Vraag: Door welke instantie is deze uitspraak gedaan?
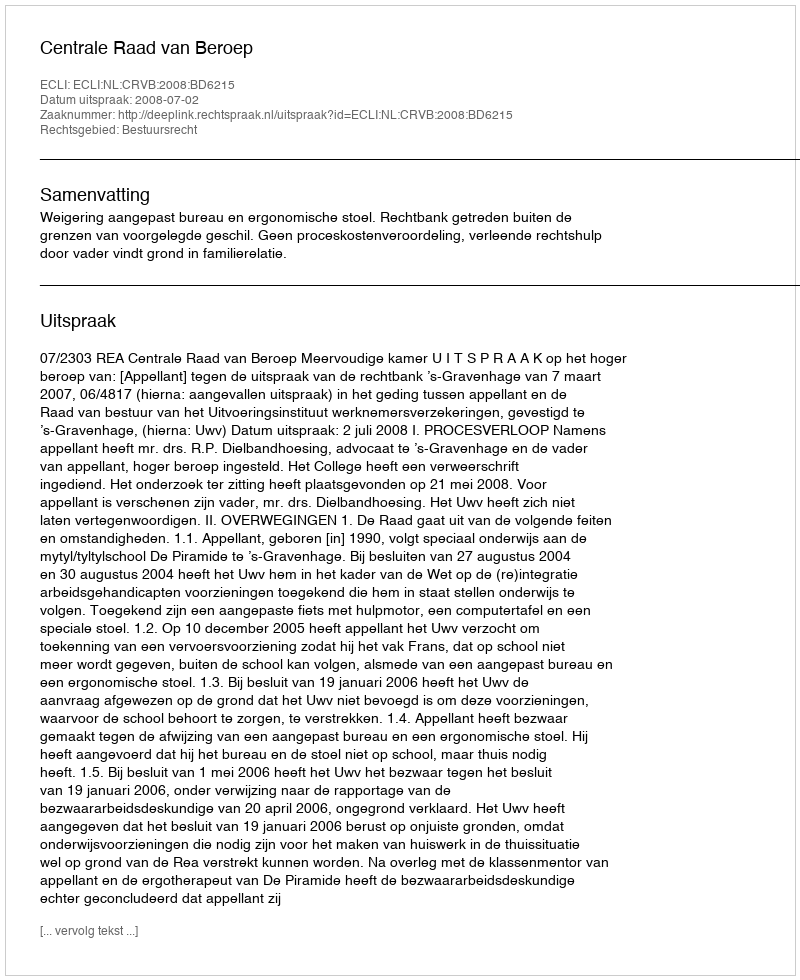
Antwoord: Centrale Raad van Beroep